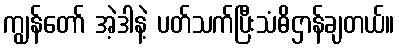
ကျွန်တော် အဲ့ဒါနဲ့ ပတ်သက်ပြီးသံဓိဌာန်ချတယ်။